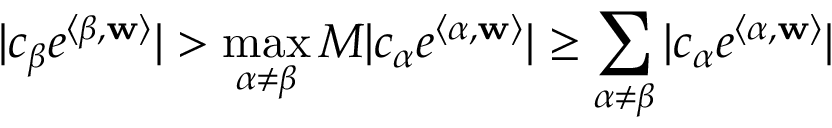
| c _ { \boldsymbol \beta } e ^ { \langle \boldsymbol \beta , { \bf w } \rangle } | > \operatorname* { m a x } _ { \boldsymbol \alpha \neq \boldsymbol \beta } M | c _ { \boldsymbol \alpha } e ^ { \langle \boldsymbol \alpha , { \bf w } \rangle } | \ge \sum _ { \boldsymbol \alpha \neq \boldsymbol \beta } | c _ { \boldsymbol \alpha } e ^ { \langle \boldsymbol \alpha , { \bf w } \rangle } |